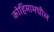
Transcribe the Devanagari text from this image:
कोहिमामधील